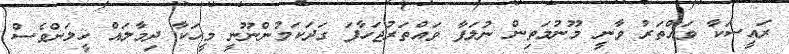
ރައީސަކާ ވައްތަރު ވާނީ މޫނުމަތިން ނުލަފާ ވައްތަރުޖަހާފަ ގަދަކަމުންނޫނީ މީހަކާ ދިމާލައް ހީލަންވެސް